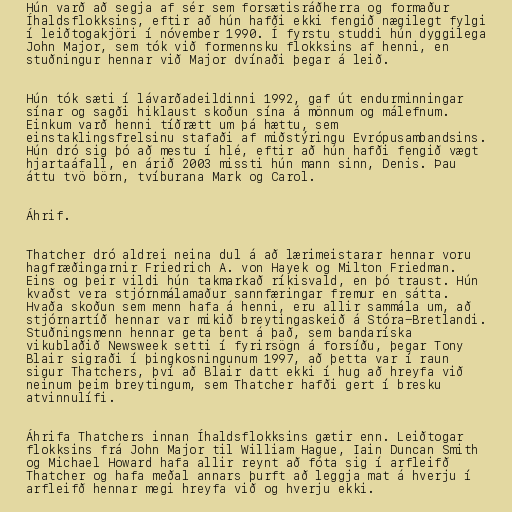
Hún varð að segja af sér sem forsætisráðherra og formaður
Íhaldsflokksins, eftir að hún hafði ekki fengið nægilegt fylgi
í leiðtogakjöri í nóvember 1990. Í fyrstu studdi hún dyggilega
John Major, sem tók við formennsku flokksins af henni, en
stuðningur hennar við Major dvínaði þegar á leið.

Hún tók sæti í lávarðadeildinni 1992, gaf út endurminningar
sínar og sagði hiklaust skoðun sína á mönnum og málefnum.
Einkum varð henni tíðrætt um þá hættu, sem
einstaklingsfrelsinu stafaði af miðstýringu Evrópusambandsins.
Hún dró sig þó að mestu í hlé, eftir að hún hafði fengið vægt
hjartaáfall, en árið 2003 missti hún mann sinn, Denis. Þau
áttu tvö börn, tvíburana Mark og Carol.

Áhrif.

Thatcher dró aldrei neina dul á að lærimeistarar hennar voru
hagfræðingarnir Friedrich A. von Hayek og Milton Friedman.
Eins og þeir vildi hún takmarkað ríkisvald, en þó traust. Hún
kvaðst vera stjórnmálamaður sannfæringar fremur en sátta.
Hvaða skoðun sem menn hafa á henni, eru allir sammála um, að
stjórnartíð hennar var mikið breytingaskeið á Stóra-Bretlandi.
Stuðningsmenn hennar geta bent á það, sem bandaríska
vikublaðið Newsweek setti í fyrirsögn á forsíðu, þegar Tony
Blair sigraði í þingkosningunum 1997, að þetta var í raun
sigur Thatchers, því að Blair datt ekki í hug að hreyfa við
neinum þeim breytingum, sem Thatcher hafði gert í bresku
atvinnulífi.

Áhrifa Thatchers innan Íhaldsflokksins gætir enn. Leiðtogar
flokksins frá John Major til William Hague, Iain Duncan Smith
og Michael Howard hafa allir reynt að fóta sig í arfleifð
Thatcher og hafa meðal annars þurft að leggja mat á hverju í
arfleifð hennar megi hreyfa við og hverju ekki.